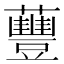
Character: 蘴